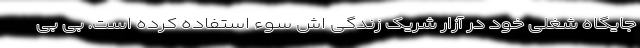
جایگاه شغلی خود در آزار شریک زندگی اش سوء استفاده کرده است. بی بی